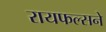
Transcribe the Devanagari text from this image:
रायफल्सने